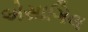
એસાગિલ